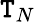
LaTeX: \mathtt{T}_{N}